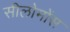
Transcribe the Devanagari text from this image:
सीलोमोंस